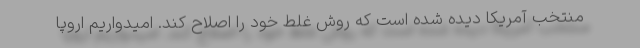
منتخب آمریکا دیده شده است که روش غلط خود را اصلاح کند. امیدواریم اروپا